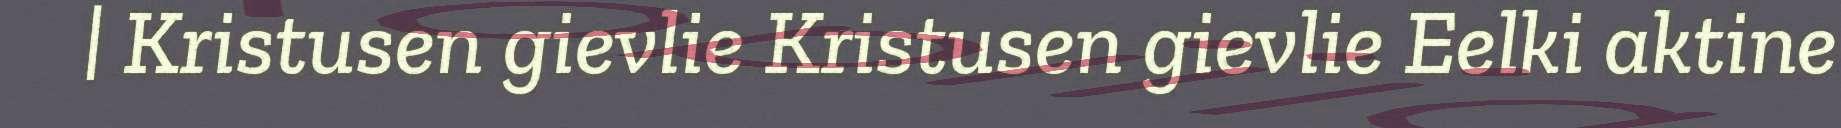
| Kristusen gievlie Kristusen gievlie Eelki aktine